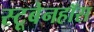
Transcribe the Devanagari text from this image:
स्टूबेनहॉस